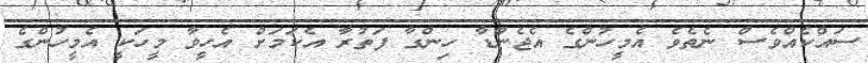
ސައްކެއްވެސް ނެތެވެ އެމީހުންގެ އެޖެންޑާ ހިންގާ ފަތުރާ އެކަމަށް އެހީވާ މީހަކީ އެމީހުންގެ